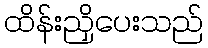
ထိန်းညှိပေးသည်